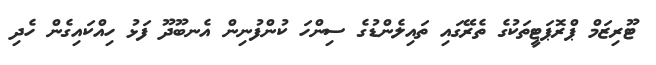
ޓޫރިޒަމް ޕްރޮޕަޓީތަކުގެ ތެރޭގައި ތައިލެންޑުގެ ސިންހަ ކުންފުނިން އެނބޫދޫ ފަޅު ހިއްކައިގެން ހެދި